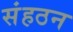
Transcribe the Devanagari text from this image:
संहठन